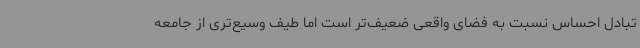
تبادل احساس نسبت به فضای واقعی ضعیف‌تر است اما طیف وسیع‌تری از جامعه